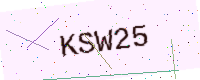
Text: KSW25